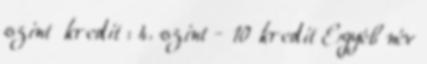
szint kredit : 4. szint - 10 kredit Egyéb név